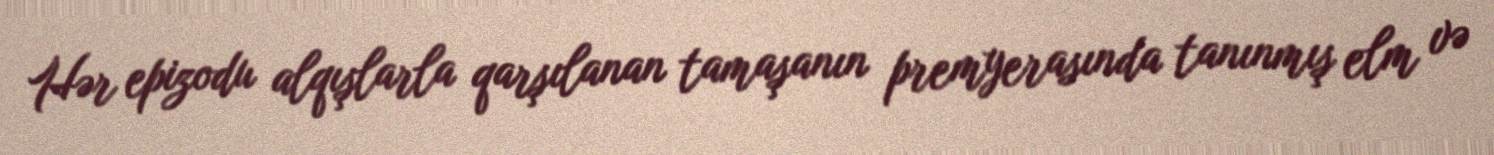
Hər epizodu alqışlarla qarşılanan tamaşanın premyerasında tanınmış elm və